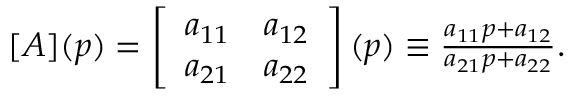
\begin{array} { r } { [ A ] ( p ) = \left[ \begin{array} { l l } { a _ { 1 1 } } & { a _ { 1 2 } } \\ { a _ { 2 1 } } & { a _ { 2 2 } } \end{array} \right] ( p ) \equiv \frac { a _ { 1 1 } p + a _ { 1 2 } } { a _ { 2 1 } p + a _ { 2 2 } } . } \end{array}